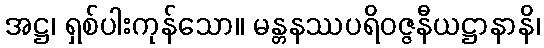
အဋ္ဌ၊ ရှစ်ပါးကုန်သော။ မန္တနဿပရိဝဇ္ဇနီယဋ္ဌာနာနိ၊